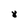
Character: 8